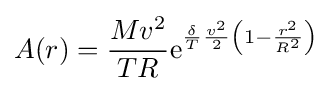
A(r)={\frac {Mv^{2}}{TR}}\mathrm {e} ^{{\frac {\delta }{T}}{\frac {v^{2}}{2}}\left(1-{\frac {r^{2}}{R^{2}}}\right)}